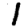
Digit: 1